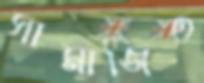
সামাজিত